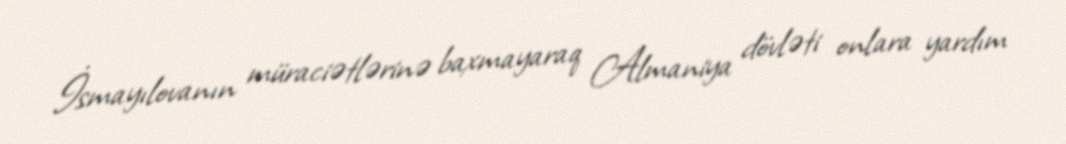
İsmayılovanın müraciətlərinə baxmayaraq Almaniya dövləti onlara yardım